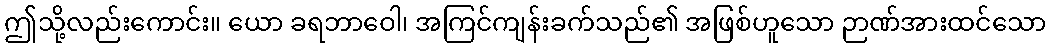
ဤသို့လည်းကောင်း။ ယော ခရဘာဝေါ၊ အကြင်ကျန်းခက်သည်၏ အဖြစ်ဟူသော ဉာဏ်အားထင်သော